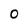
Character: O